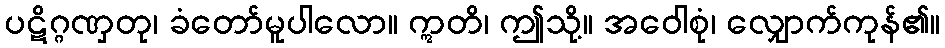
ပဋိဂ္ဂဏှတု၊ ခံတော်မူပါလော။ ဣတိ၊ ဤသို့။ အဝေါစုံ၊ လျှောက်ကုန်၏။